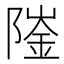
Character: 𨼅